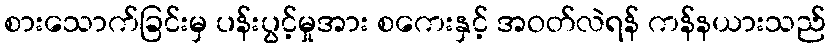
စားသောက်ခြင်းမှ ပန်းပွင့်မှုအား စကေးနှင့် အဝတ်လဲရန် ကန်နယားသည်